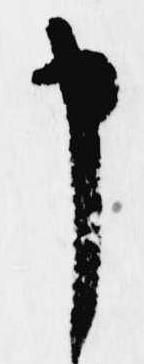
申